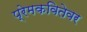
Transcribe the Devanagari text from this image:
प्रेमकवितेवर